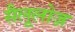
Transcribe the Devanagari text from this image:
सैलूलोज़